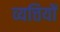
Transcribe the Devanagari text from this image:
व्यत्तियों